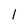
Character: 1